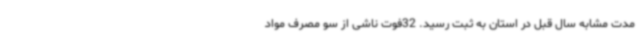
مدت مشابه سال قبل در استان به ثبت رسید. 32فوت ناشی از سو مصرف مواد